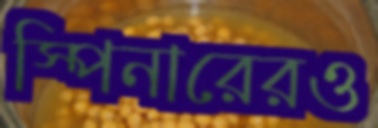
স্পিনারেরও